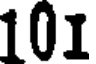
101